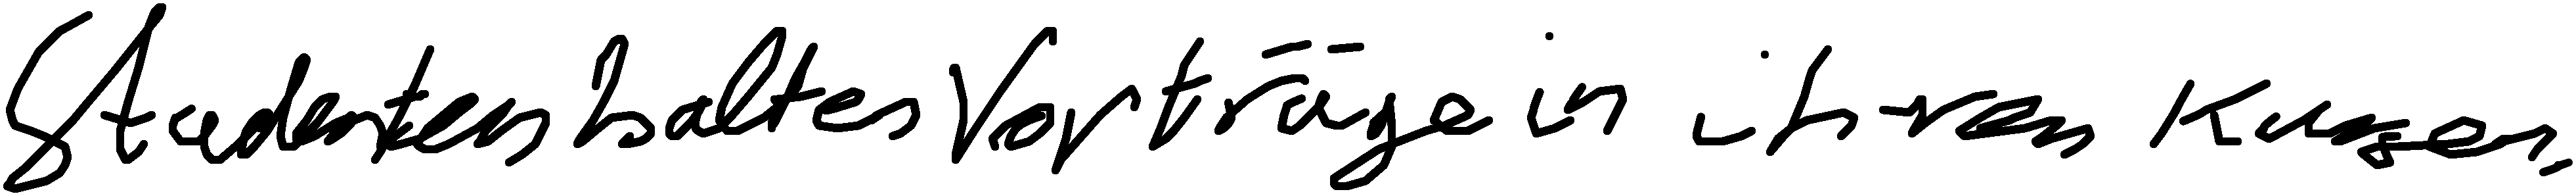
Studenten halten Vorträge in ihren Kursen.